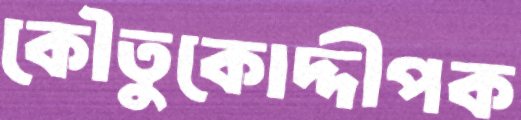
কৌতুকোদ্দীপক